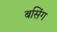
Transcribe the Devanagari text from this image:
बसिंग